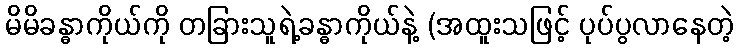
မိမိခန္ဓာကိုယ်ကို တခြားသူရဲ့ခန္ဓာကိုယ်နဲ့ (အထူးသဖြင့် ပုပ်ပွလာနေတဲ့